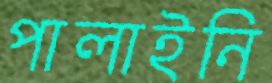
পালাইনি